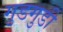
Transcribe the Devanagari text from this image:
गुडगुडी